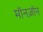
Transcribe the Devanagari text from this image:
मॉनज़ॉन